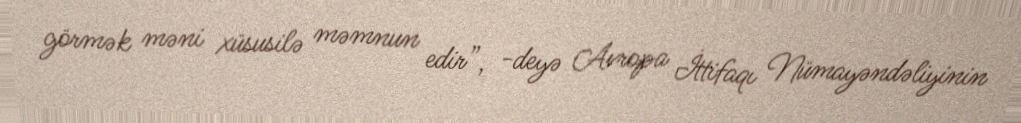
görmək məni xüsusilə məmnun edir”, -deyə Avropa İttifaqı Nümayəndəliyinin